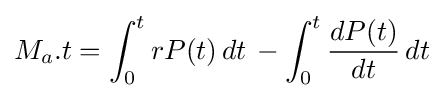
M_{a}.t=\int _{0}^{t}rP(t)\,dt\,-\int _{0}^{t}{\frac {dP(t)}{dt}}\,dt